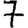
Digit: 7